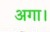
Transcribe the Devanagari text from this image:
अगा।